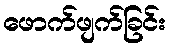
ဖောက်ဖျက်ခြင်း